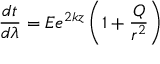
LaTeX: \frac { d t } { d \lambda } = E e ^ { 2 k z } \left( 1 + \frac { Q } { r ^ { 2 } } \right)